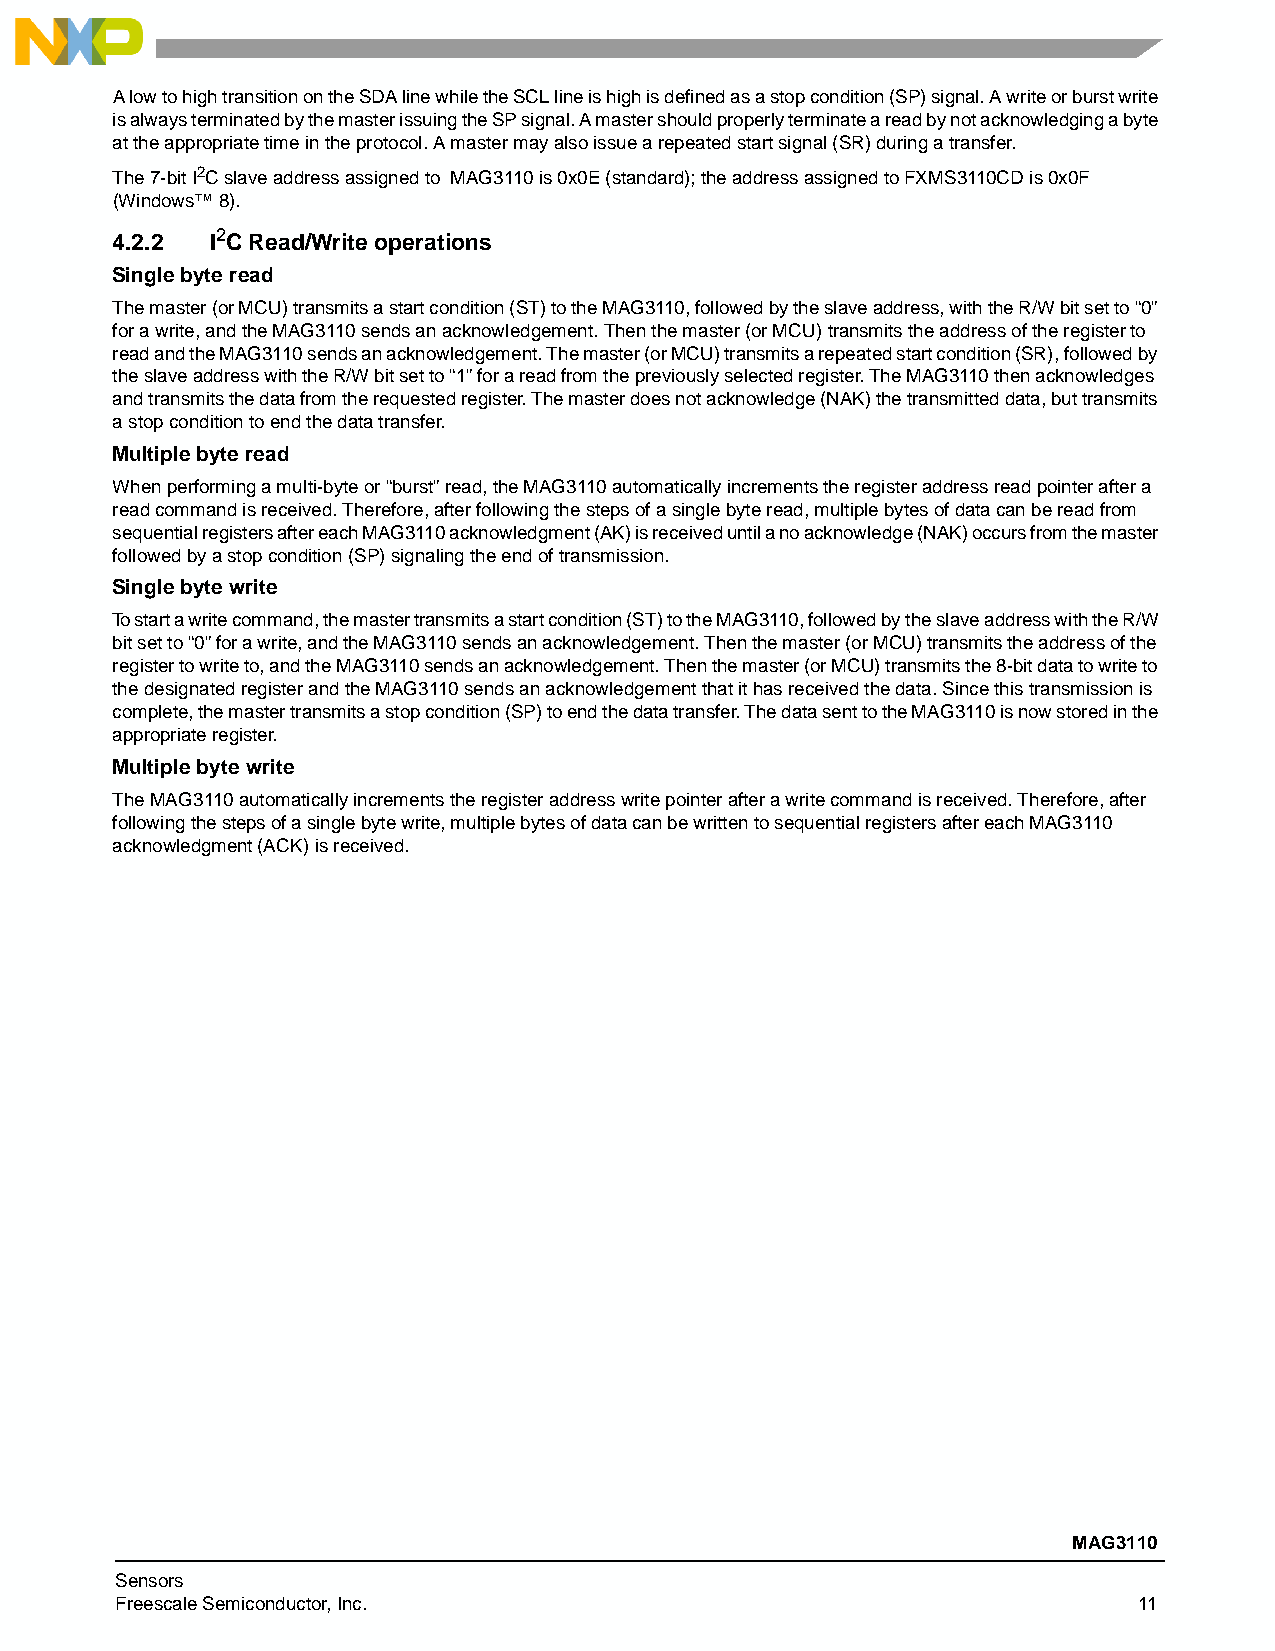
A low to high transition on the SDA line while the SCL line is high is defined as a stop condition (SP) signal. A write or burst write
 is always terminated by the master issuing the SP signal. A master should properly terminate a read by not acknowledging a byte
 at the appropriate time in the protocol. A master may also issue a repeated start signal (SR) during a transfer.
 The 7-bit I2C slave address assigned to MAG3110 is 0x0E (standard); the address assigned to FXMS3110CD is 0x0F
 (Windows™ 8).
 4.2.2  I2C Read/Write operations
 Single byte read
 The master (or MCU) transmits a start condition (ST) to the MAG3110, followed by the slave address, with the R/W bit set to “0”
 for a write, and the MAG3110 sends an acknowledgement. Then the master (or MCU) transmits the address of the register to
 read and the MAG3110 sends an acknowledgement. The master (or MCU) transmits a repeated start condition (SR), followed by
 the slave address with the R/W bit set to “1” for a read from the previously selected register. The MAG3110 then acknowledges
 and transmits the data from the requested register. The master does not acknowledge (NAK) the transmitted data, but transmits
 a stop condition to end the data transfer.
 Multiple byte read
 When performing a multi-byte or “burst” read, the MAG3110 automatically increments the register address read pointer after a
 read command is received. Therefore, after following the steps of a single byte read, multiple bytes of data can be read from
 sequential registers after each MAG3110 acknowledgment (AK) is received until a no acknowledge (NAK) occurs from the master
 followed by a stop condition (SP) signaling the end of transmission.
 Single byte write
 To start a write command, the master transmits a start condition (ST) to the MAG3110, followed by the slave address with the R/W
 bit set to “0” for a write, and the MAG3110 sends an acknowledgement. Then the master (or MCU) transmits the address of the
 register to write to, and the MAG3110 sends an acknowledgement. Then the master (or MCU) transmits the 8-bit data to write to
 the designated register and the MAG3110 sends an acknowledgement that it has received the data. Since this transmission is
 complete, the master transmits a stop condition (SP) to end the data transfer. The data sent to the MAG3110 is now stored in the
 appropriate register.
 Multiple byte write
 The MAG3110 automatically increments the register address write pointer after a write command is received. Therefore, after
 following the steps of a single byte write, multiple bytes of data can be written to sequential registers after each MAG3110
 acknowledgment (ACK) is received.
 MAG3110
 Sensors
 Freescale Semiconductor, Inc.                                      11